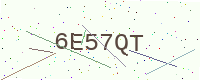
Text: 6E57QT